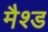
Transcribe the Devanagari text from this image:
मैश्ड